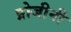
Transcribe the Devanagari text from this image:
प्रोजीनी